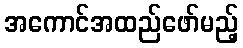
အကောင်အထည်ဖော်မည့်